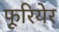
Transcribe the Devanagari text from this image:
फूरियेर